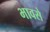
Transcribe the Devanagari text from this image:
भावसे